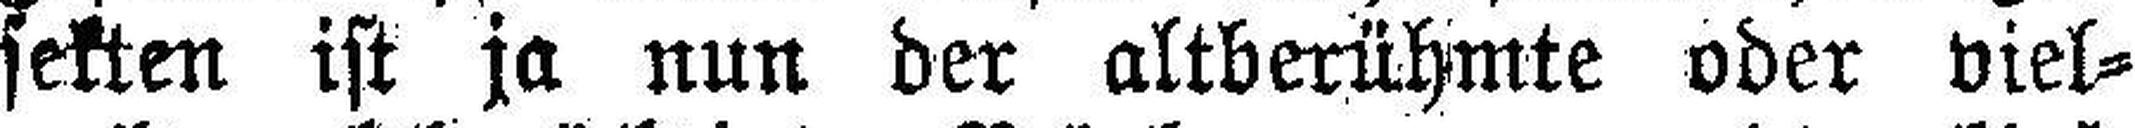
sekten ist ja nun der altberühmte oder viel¬